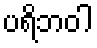
ပရိဘဝါ